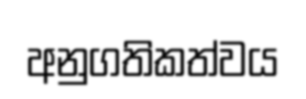
අනුගතිකත්වය